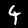
Digit: 4